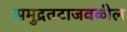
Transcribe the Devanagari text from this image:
समुद्रतटाजवळील